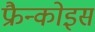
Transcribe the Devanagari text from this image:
फ्रैन्कोइस